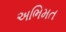
અભિમત